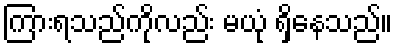
ကြားရသည်ကိုလည်း မယုံ ရှိနေသည်။